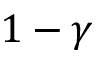
1 - \gamma